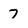
Character: 7